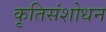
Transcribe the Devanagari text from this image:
कृतिसंशोधन